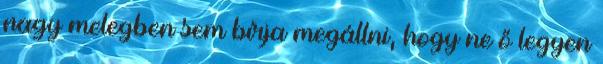
nagy melegben sem bírja megállni, hogy ne ő legyen